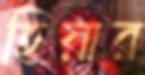
হিয়ার